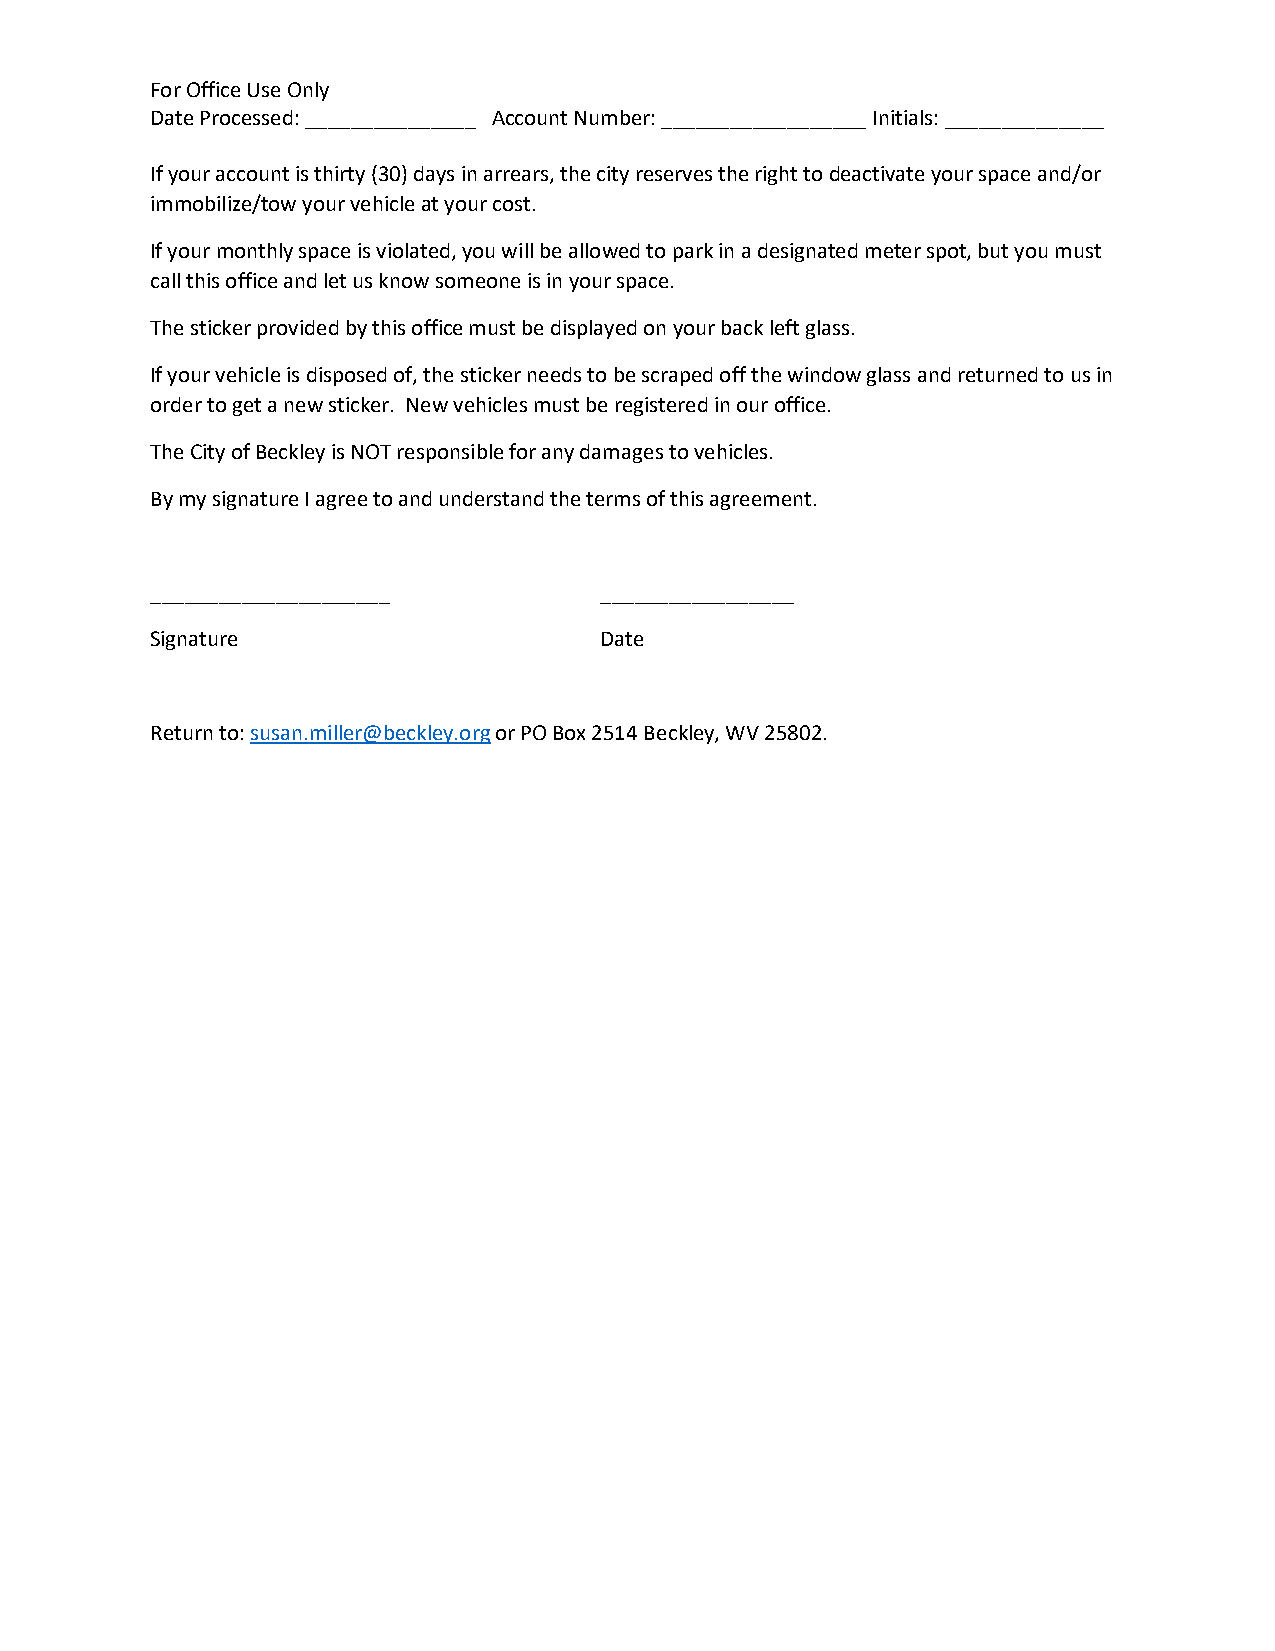
For Office Use Only
 Date Processed: _______________ Account Number: __________________ Initials: ______________
 If your account is thirty (30) days in arrears, the city reserves the right to deactivate your space and/or
 immobilize/tow your vehicle at your cost.
 If your monthly space is violated, you will be allowed to park in a designated meter spot, but you must
 call this office and let us know someone is in your space.
 The sticker provided by this office must be displayed on your back left glass.
 If your vehicle is disposed of, the sticker needs to be scraped off the window glass and returned to us in
 order to get a new sticker. New vehicles must be registered in our office.
 The City of Beckley is NOT responsible for any damages to vehicles.
 By my signature I agree to and understand the terms of this agreement.
 _____________________         _________________
 Signature                     Date
 Return to: susan.miller@beckley.org or PO Box 2514 Beckley, WV 25802.